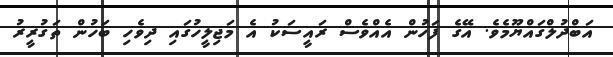
އަބްދުލްގައްޔޫމެވެ. އޭގެ ފަހުން އެއްވެސް ރައީސަކު އެ މަޖިލީހުގައި ދިވެހި ބަހުން ތަގުރީރު